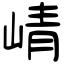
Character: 崝